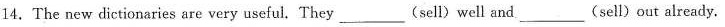
14.The new dictionaries are very useful. They___(sell) well and___(sell)out already.